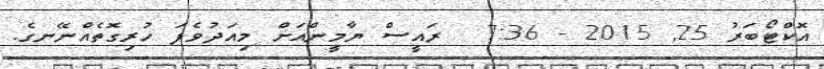
އޮކްޓޯބަރު 25